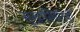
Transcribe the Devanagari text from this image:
सूखास्थितियों